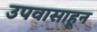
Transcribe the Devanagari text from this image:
उपवासाहून